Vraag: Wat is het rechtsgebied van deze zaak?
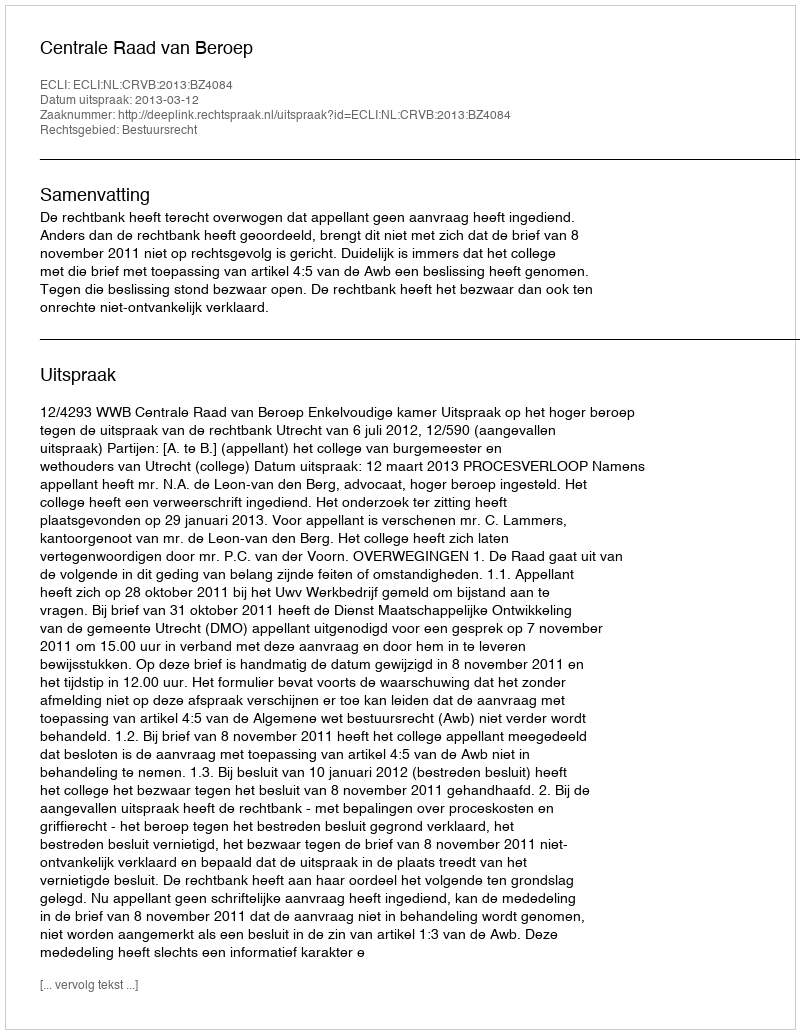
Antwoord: Bestuursrecht